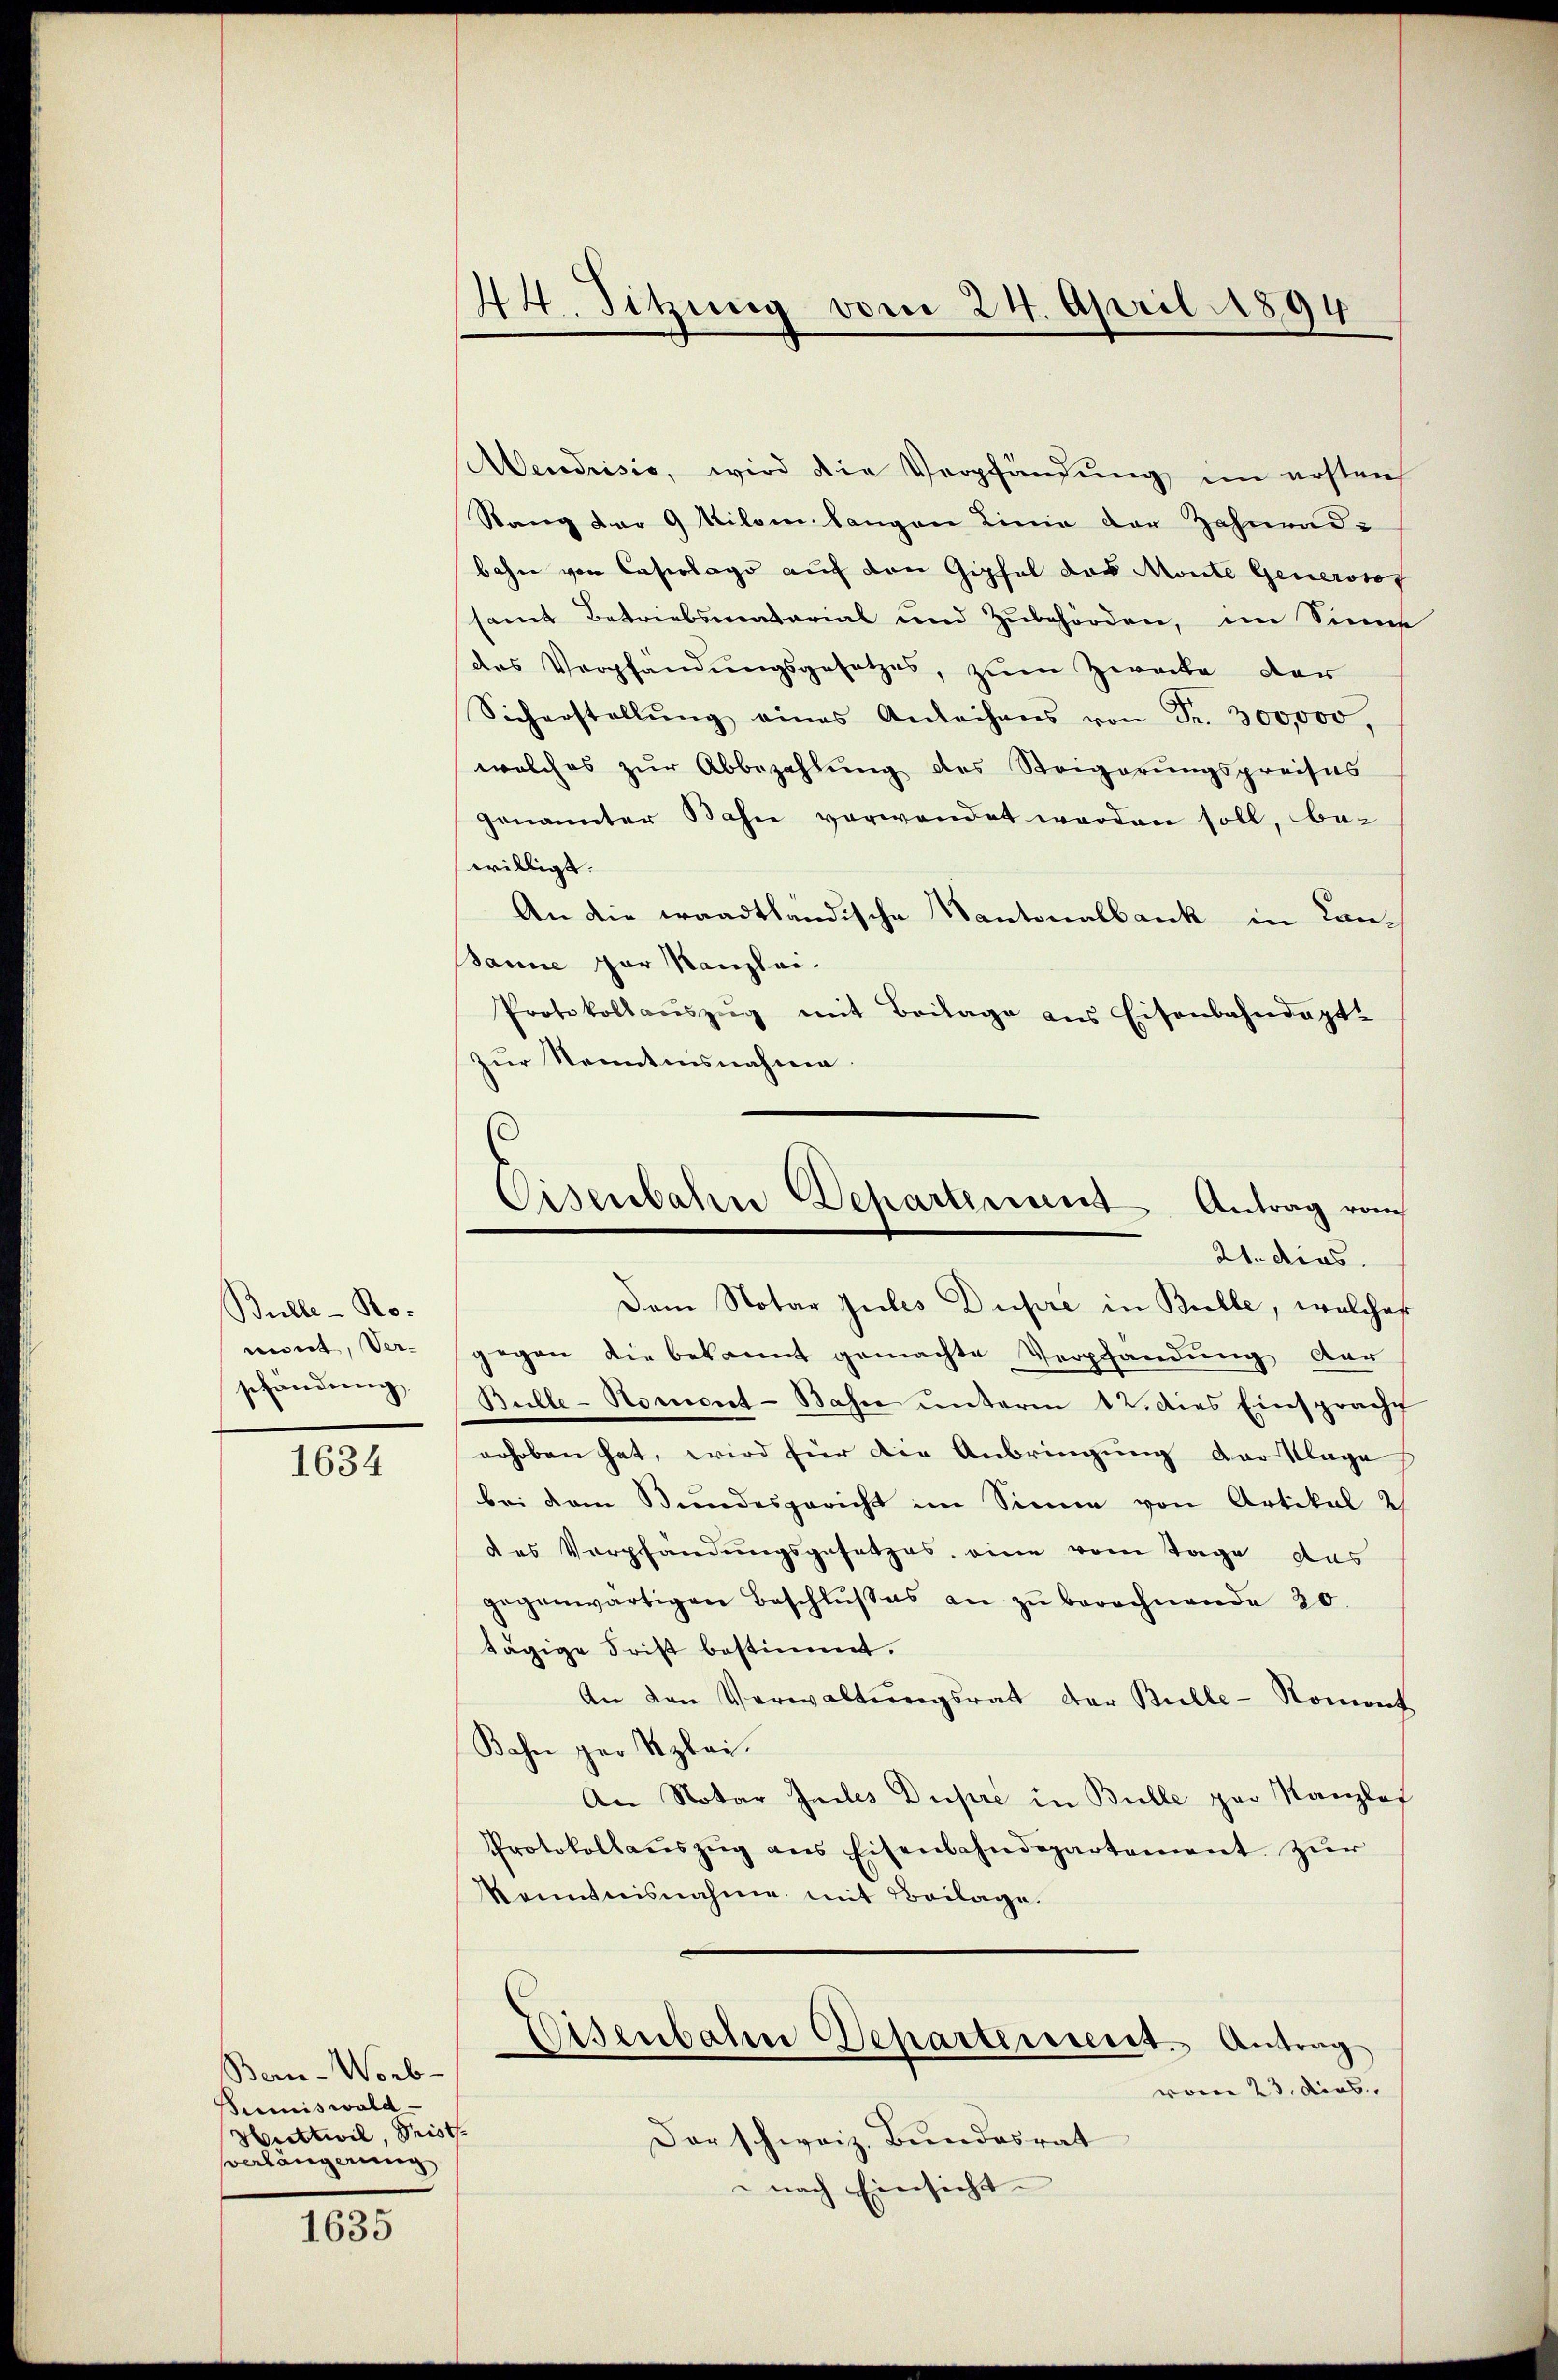
Bulle - Ro-
niret, Ver-
schändung.

1634

Ben-Worb-
Bumiswald
Huttwil, Prist
verlängerung

1635

44. Sitzung vom 24. April 1894

Mendrisis, wird die Verpfändŭng im ersten
Stang der 9 Kilom langen Linie der Zahnrad
bahn von Casiologo auch von Gipfel das Monte Generosof
samt Betriebsmatarial und Zubehörden, im Sinne
des Verpfandungsgesetzes, zum Zwecke der
Sicherstellŭng eines Anleihens von Fr. 300,000,
welches zur Abbezahlung des Steigerungspreises
genannter Bahn verwendet werden soll, be-
willigt.
An die waadtländische Kantonalbank in Can¬
Banne zur Kanzlei.
Protokollaŭszŭg mit Beilage ans Eisenbahndapt.
zur Kenntnisnahme
Dem Notar zules Dupre in Bulle, welches
gegen die bekannt gemachte Verpfandung der
Bulle-Noment-Bahn unterm 12. dies Einsprache
erhoben hat, wird für die Anbringung der Klage
bei dem Bundesgericht im Sinne von Artikal 2
des Verpfändungsgesetzes, eine vom Tage das
gegenwärtigen Beschlŭβes an zŭ berechnende 20.
tägige Frist bestimmt.
An den Verwaltungsrat der Bulle-Noment
Bahn per Szlai.
An Notar Juiles Dupre in Bulle par Kanzlof
Protokollauszug aus Eisenbahndepartement zur
kenntnisnahme mit Beilage.
Eisenbahn Departement. Antrag
woren 23. dies
Der schweiz. Bundesrat
nach Einsicht

Eisenbahn Departement Antrag vom
21. ders.